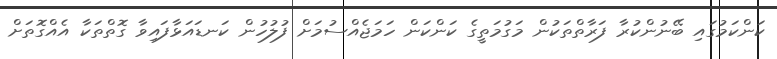
ކަންކަމުގައި ބޭނުންކުރާ ފަރާތްތަކުން މަގުމަތީގެ ކަންކަން ހަމަޖެއްސުމަށް ފުލުހުން ކަނޑައަޅާފައިވާ ގޮތްތަކާ އެއްގޮތަށް